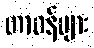
တာဝန်များ